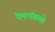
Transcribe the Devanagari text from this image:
पेमायंगत्से